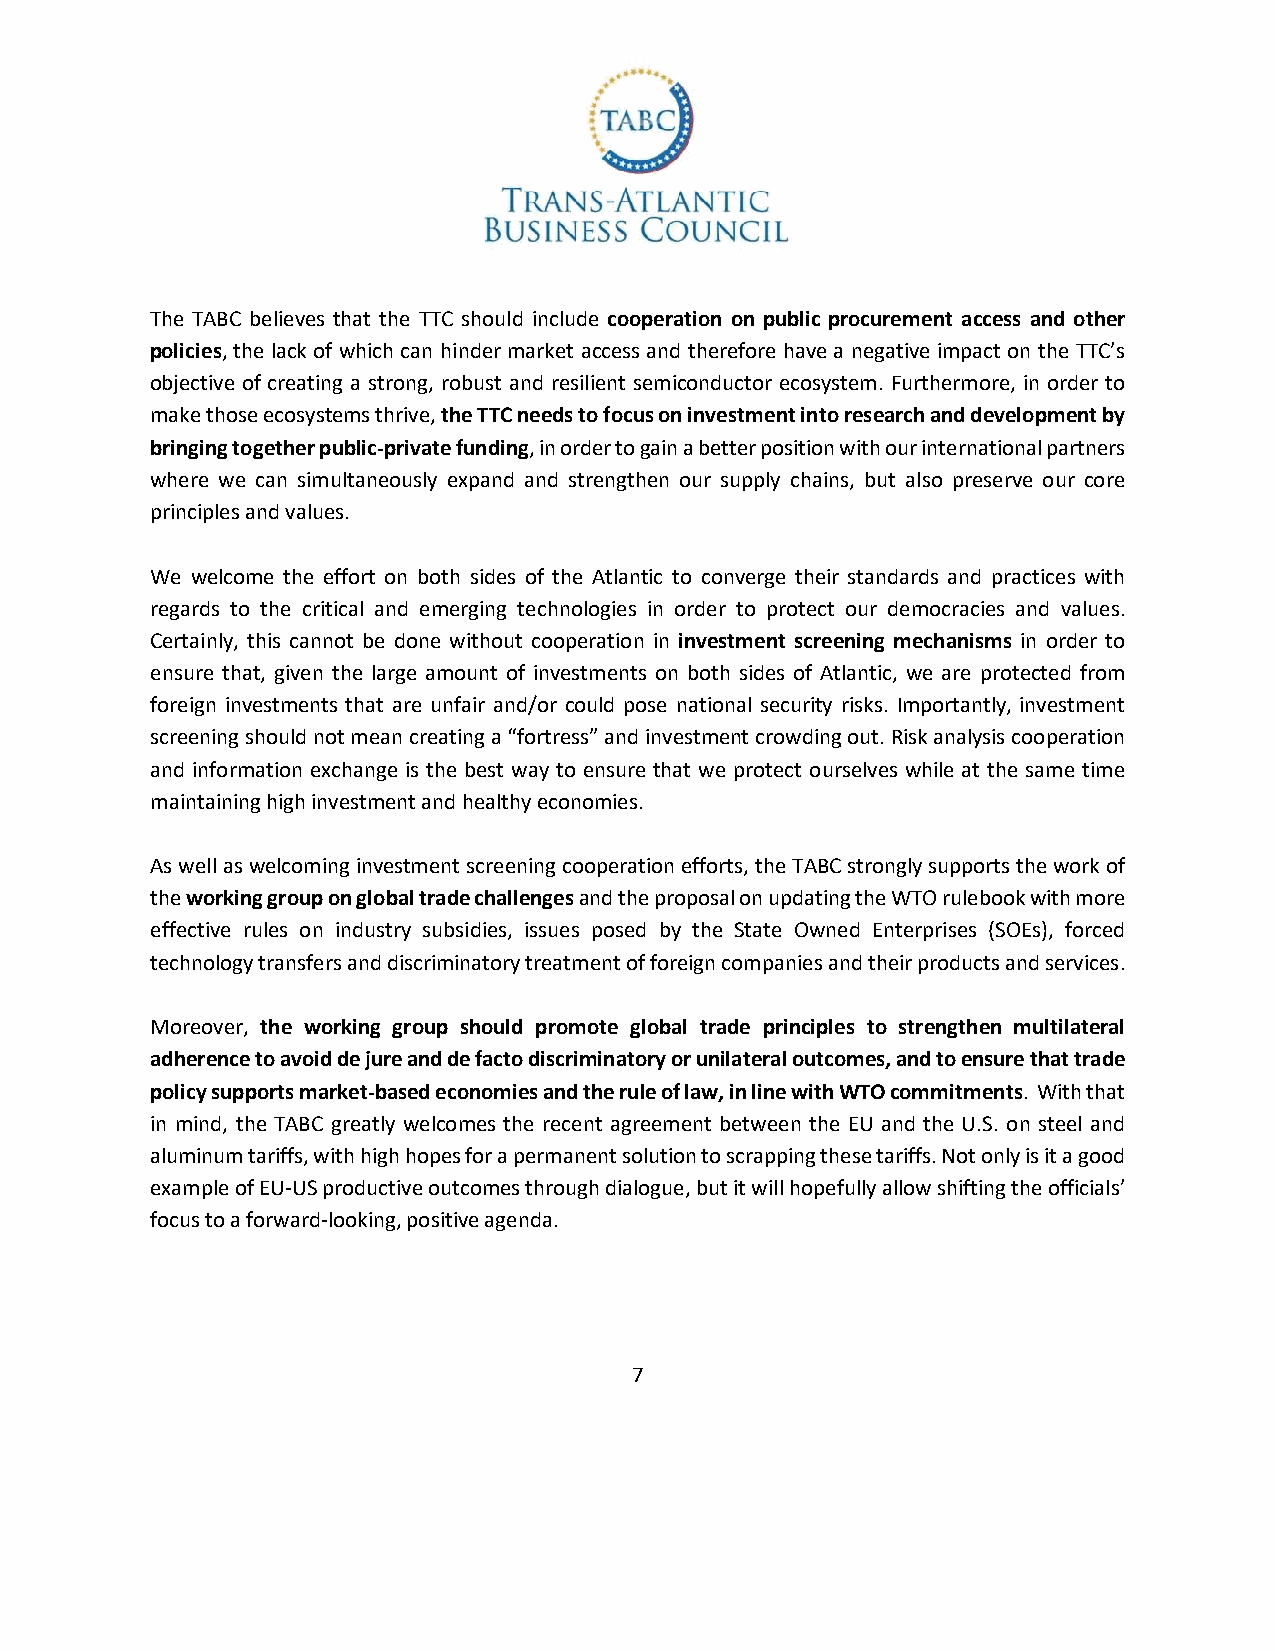
The TABC believes that the TTC should include cooperation on public procurement access and other
 policies, the lack of which can hinder market access and therefore have a negative impact on the TTC’s
 objective of creating a strong, robust and resilient semiconductor ecosystem. Furthermore, in order to
 make those ecosystems thrive, the TTC needs to focus on investment into research and development by
 bringing together public-private funding, in order to gain a better position with our international partners
 where we can simultaneously expand and strengthen our supply chains, but also preserve our core
 principles and values.
 We welcome the effort on both sides of the Atlantic to converge their standards and practices with
 regards to the critical and emerging technologies in order to protect our democracies and values.
 Certainly, this cannot be done without cooperation in investment screening mechanisms in order to
 ensure that, given the large amount of investments on both sides of Atlantic, we are protected from
 foreign investments that are unfair and/or could pose national security risks. Importantly, investment
 screening should not mean creating a “fortress” and investment crowding out. Risk analysis cooperation
 and information exchange is the best way to ensure that we protect ourselves while at the same time
 maintaining high investment and healthy economies.
 As well as welcoming investment screening cooperation efforts, the TABC strongly supports the work of
 the working group on global trade challenges and the proposal on updating the WTO rulebook with more
 effective rules on industry subsidies, issues posed by the State Owned Enterprises (SOEs), forced
 technology transfers and discriminatory treatment of foreign companies and their products and services.
 Moreover, the working group should promote global trade principles to strengthen multilateral
 adherence to avoid de jure and de facto discriminatory or unilateral outcomes, and to ensure that trade
 policy supports market-based economies and the rule of law, in line with WTO commitments. With that
 in mind, the TABC greatly welcomes the recent agreement between the EU and the U.S. on steel and
 aluminum tariffs, with high hopes for a permanent solution to scrapping these tariffs. Not only is it a good
 example of EU-US productive outcomes through dialogue, but it will hopefully allow shifting the officials’
 focus to a forward-looking, positive agenda.
 7